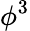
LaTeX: \phi^{3}